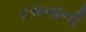
રચનાની